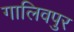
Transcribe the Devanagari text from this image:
गालिवपुर